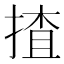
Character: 揸